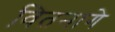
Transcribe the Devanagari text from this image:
वितनागे